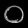
Digit: ၀